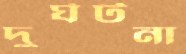
দুর্ঘটনা